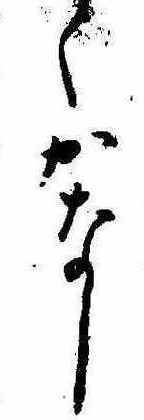
くかなし